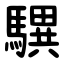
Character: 龭